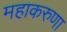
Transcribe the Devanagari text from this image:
महाकरुणा